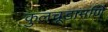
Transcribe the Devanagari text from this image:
कुलचूडामणि